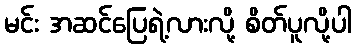
မင်း အဆင်ပြေရဲ့လားလို့ စိတ်ပူလို့ပါ